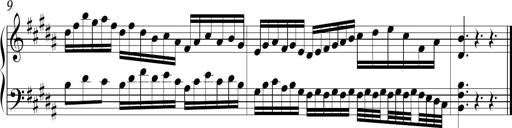
Title: Ten Piano Sonatinas
Composer: Andreas Sain